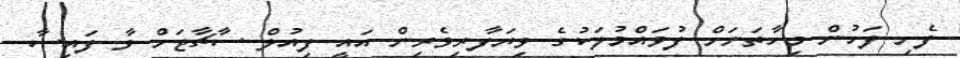
ފެށި ފަހުން މިހާތަނަށް ފުވައްމުލަކުގެ ވިޔަފާރިވެރިން އައީ ފިއުލް ސާޗާޖަށް ވާ ފައިސާ